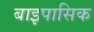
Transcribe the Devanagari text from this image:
बाइपासिक